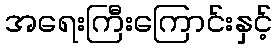
အရေးကြီးကြောင်းနှင့်